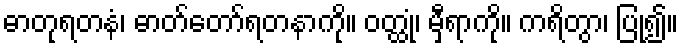
ဓာတုရတနံ၊ ဓာတ်တော်ရတနာကို။ ဝတ္ထုံ၊ မှီရာကို။ ကရိတွာ၊ ပြု၍။